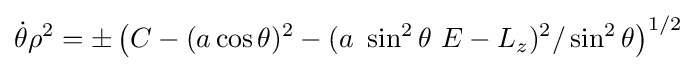
{\dot {\theta }}\rho ^{2}=\pm \left(C-(a\cos \theta )^{2}-(a\ \sin ^{2}\theta \ E-L_{z})^{2}/\sin ^{2}\theta \right)^{1/2}